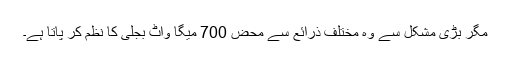
مگر بڑی مشکل سے وہ مختلف ذرائع سے محض 700 میگا واٹ بجلی کا نظم کر پاتا ہے۔